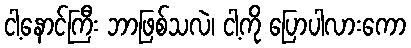
ငါ့နောင်ကြီး ဘာဖြစ်သလဲ၊ ငါ့ကို ပြောပါလားကော